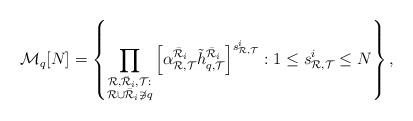
LaTeX: \begin{align*}\mathcal{M}_q[N]=\left\{\prod_{\substack{\mathcal{R},\bar{\mathcal{R}}_i,\mathcal{T}:\\\mathcal{R}\cup\bar{\mathcal{R}}_i\not\ni q}}\left[\alpha_{{\mathcal{R}},{\mathcal{T}}}^{\bar{\mathcal{R}}_i}\tilde{h}_{q,\mathcal{T}}^{\bar{\mathcal{R}}_i}\right]^{s_{{\mathcal{R}},{\mathcal{T}}}^{i}}: 1\le s_{{\mathcal{R}},{\mathcal{T}}}^{i}\le N\right\},\end{align*}